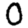
Digit: 0